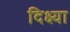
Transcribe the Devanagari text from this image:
दिक्ष्या